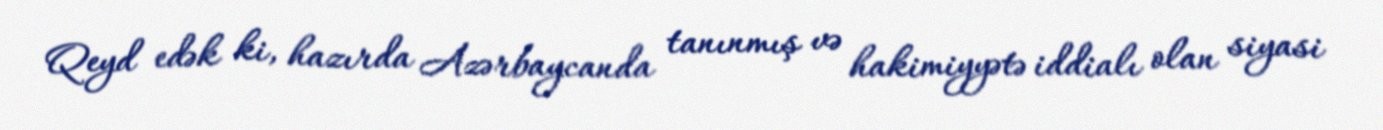
Qeyd edək ki, hazırda Azərbaycanda tanınmış və hakimiyyətə iddialı olan siyasi